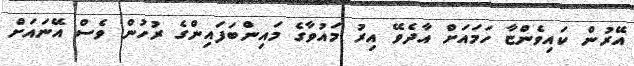
އޭރުން ކައިވެންޏާ ހަމައަށް އާދެވޭ އިރު މައުވާގެ މައިންބަފައިންގެ ރުހުން ވެސް އޭނައަށް